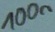
Text: 100n